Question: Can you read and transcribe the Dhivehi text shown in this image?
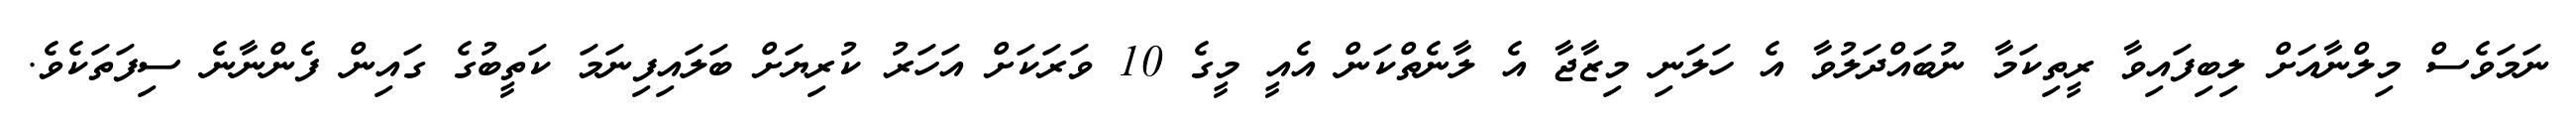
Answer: ނަމަވެސް މިލްނާއަށް ލިބިފައިވާ ރީތިކަމާ ނުބައްދަލުވާ އެ ހަލަނި މިޒާޖާ އެ ލާނެތްކަން އެއީ މީގެ 10 ވަރަކަށް އަހަރު ކުރިޔަށް ބަލައިފިނަމަ ކަތީބުގެ ގައިން ފެންނާނެ ސިފަތަކެވެ.